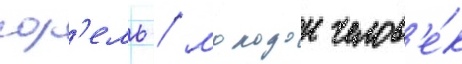
сор'ель / молодои челов'е́к